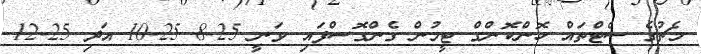
މެޗުގެ ސެޓްތައް ހޮންކޮންގް ޓީމުން ގެންގޮސްފައި ވަނީ 25-8 25-10 އަދި 25-12